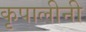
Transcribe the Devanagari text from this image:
कृपालीनी